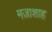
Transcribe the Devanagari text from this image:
मज़ाशाह